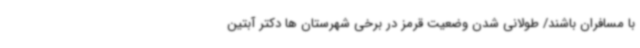
با مسافران باشند/ طولانی شدن وضعیت قرمز در برخی شهرستان ها دکتر آبتین